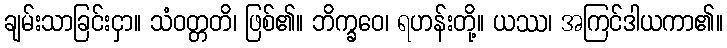
ချမ်းသာခြင်းငှာ။ သံဝတ္တတိ၊ ဖြစ်၏။ ဘိက္ခဝေ၊ ရဟန်းတို့။ ယဿ၊ အကြင်ဒါယကာ၏။